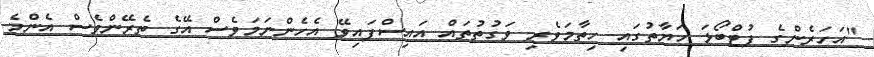
"އަހަރެންގެ ފުޓްބޯޅަ ހަޔާތުގައި ހިތާމަވެރި ވަގުތުތައް އައިސްފައިވޭ އެހެންނަމަވެސް އޭގެ ތެރޭންވެސް އެންމެ